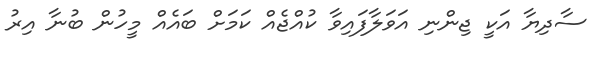
ސާދިޔާ އަކީ ޖިންނި އަވަލާފައިވާ ކުއްޖެއް ކަމަށް ބައެއް މީހުން ބުނާ އިރު